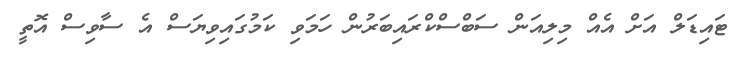
ޓައިޑަލް އަށް އެއް މިލިއަން ސަބްސްކްރައިބަރުން ހަމަވި ކަމުގައިވިޔަސް އެ ސާވިސް އޮތީ